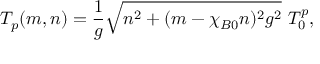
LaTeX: T _ { p } ( m , n ) = \frac { 1 } { g } \sqrt { n ^ { 2 } + ( m - \chi _ { B 0 } n ) ^ { 2 } g ^ { 2 } } ~ T _ { 0 } ^ { p } ,